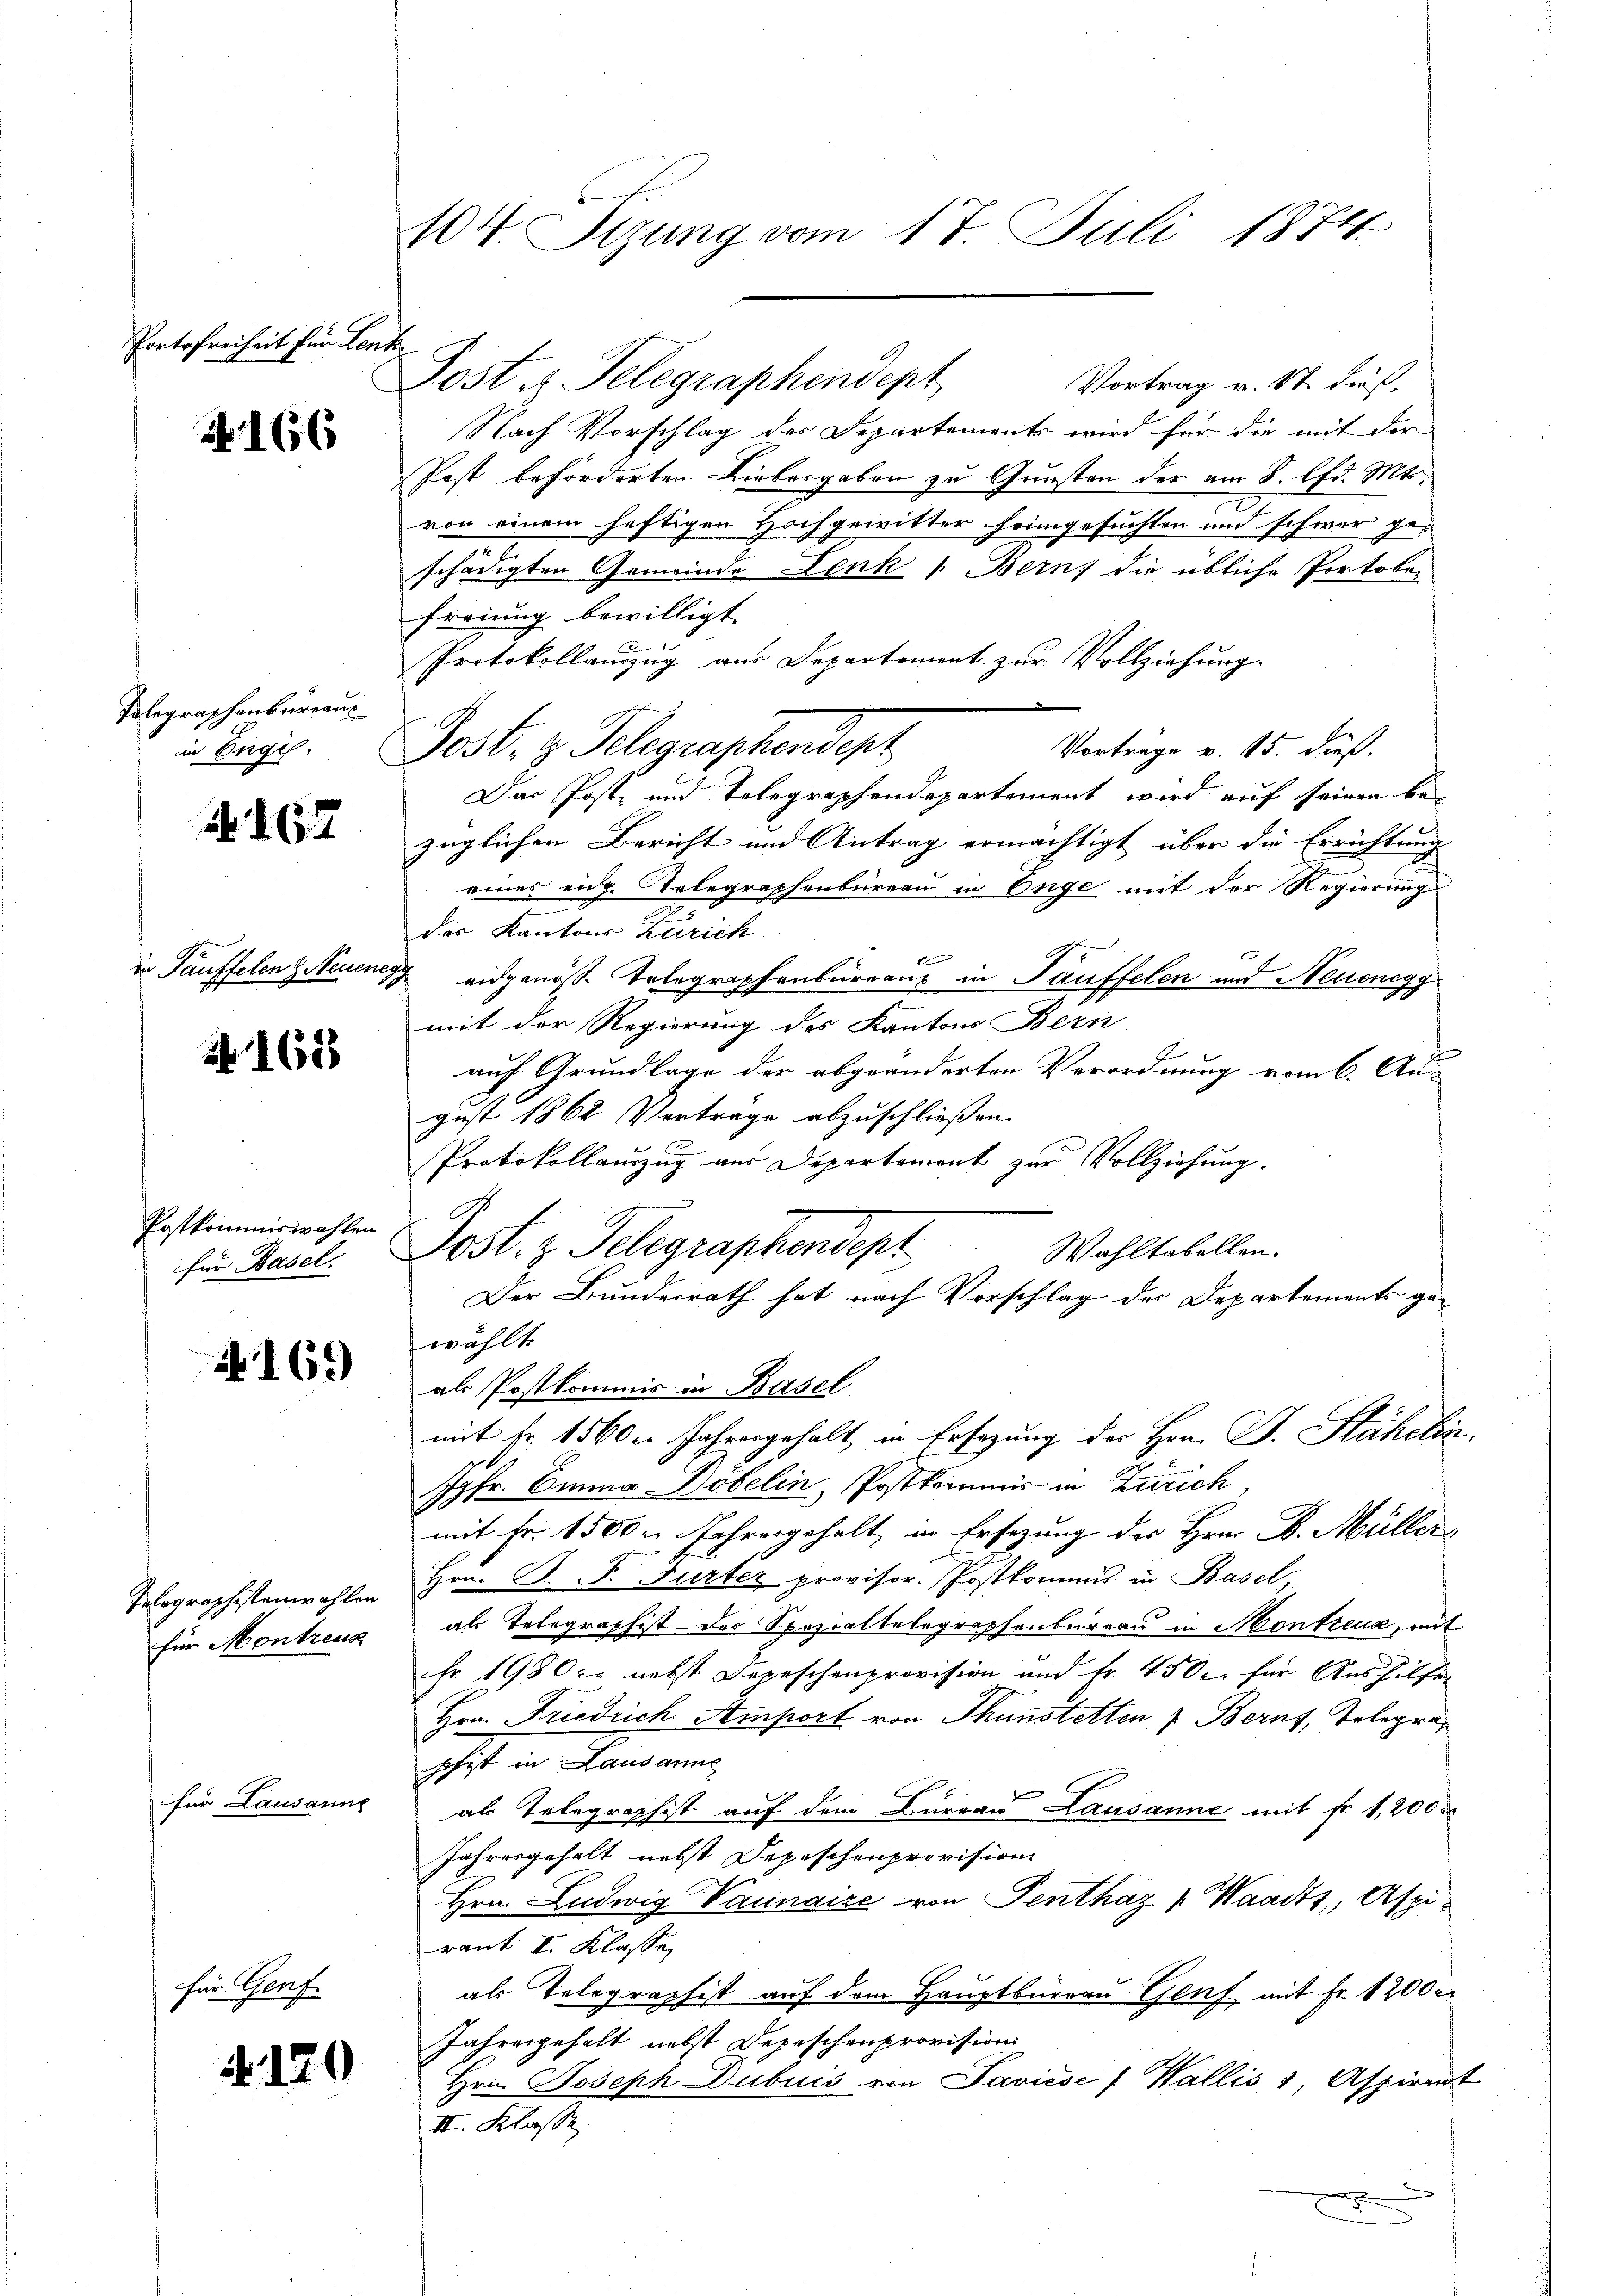
Portofreiheit für Lent

166

Tolegraphenbureau
in Engis

N 167

2162

Postkommiswahlen
für Basel.

169)

für Montreuz

für Genf.

für Lausanne

N. 170

Post u. Telegraphendept
Vortrag v. St. dieß,
Nach Vorschlag des Departements wird für die mit der
Post beförderten Liebesgaben zu Gunsten der am 8. lfd. Mts.
von einem heftigen Hochgewitter heimgesuchten und schwer ge-
schädigten Gemeinde Lenk 1: Bern, die übliche Portobei
freiung bewilligt
Protokollauszug aus Departement zur Vollziehung.
Vorträge v. 15. dieß.
Post- & Gelegraphendept
Das Post- und Telegraphendepartement wird auf seinen bezüglichen Bericht und Antrag ermächtigt über die Errichtung
eines eidg. Telegraphenbüreau in Enge mit der Regierung
d
des Kantons Zürich
b
in Tauffelen Neuens eidgenöß. Telegraphenbureaus in Tauffelen und Neuenegg
mit der Regierung des Kantons Bern
auf Grundlage der abgeänderten Verordnung vom 6. Au
gust 1862 Vertrage abzuschließen.
Protokollauszug aus Departement zur Vollziehung.
Post. z. Telegraphendept
Wahltabellen.
Der Bundesrath hat nach Vorschlag der Departements gewählte
als Postkommis in Basel
mit fr. 1560er Jahrengehalt in Ersezung des Hrn. F. Stähelin.
Jgfr. Emma Döbelin, Postkommis in Zürich,
mit Fr. 1500 u. Jahresgehalt, in Ersezung der Hrn. F. Müller¬
Telographistenwahlen Hrn. B. P. Gurter provisor. Postkommis in Basel,
als Telegraphist des Spezialbelegraphenbureau in Montreux, mit
fr. 1980 c. nebst Depeschenprovision und Fr. 4500 für Aushilfer
Hrn. Friedrich Amport von Thunstetten & Berns, Telegraphit in Lausanne
als Telegraphist auf dem Büreau Lausanne mit Fr. 1,200
Jahresgehalt nebst Depeschenprovision
Hrn. Ludwig Vaunaire von Penthaz [ Waadt, Aspiraut I. Klasse
als Telegraphist auf dem Hauptbureau Genf mit Fr. 1200
Jahresgehalt nebst Depeschenprovision
Hrn. Joseph Dubuis von Saviése f Wallis 1, Aspirant
II. Klasse

104. Sizung vom 17. Juli 1874.